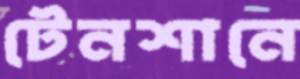
টেনশানে